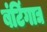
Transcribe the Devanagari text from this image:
बंटिंगाद्य